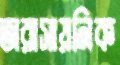
অরাসায়নিক